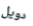
دويل